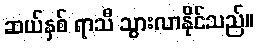
ဆယ်နှစ် ရာသီ သွားလာနိုင်သည်။